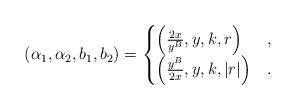
LaTeX: \begin{align*} (\alpha_1, \alpha_2, b_1,b_2)=\begin{cases}\left(\frac{2x}{y^B},y,k,r\right) & ,\\\left(\frac{y^B}{2x},y,k,|r|\right) & .\end{cases}\end{align*}